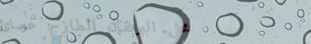
محل البرتقال الطازج: عصائ